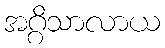
အဂ္ဂိသာလာယ